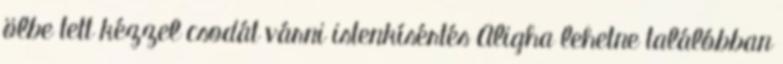
ölbe tett kézzel csodát várni istenkísértés Aligha lehetne találóbban